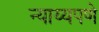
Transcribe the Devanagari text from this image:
न्याय्यपणे